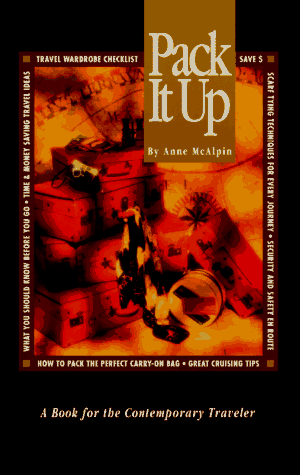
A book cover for Pack It Up: A Book for the Contemporary Traveler; Anne McAlpin; Travel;